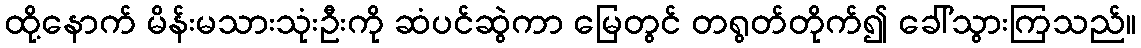
ထို့နောက် မိန်းမသားသုံးဦးကို ဆံပင်ဆွဲကာ မြေတွင် တရွတ်တိုက်၍ ခေါ်သွားကြသည်။